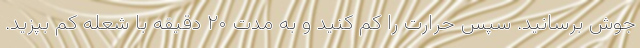
جوش برسانید. سپس حرارت را کم کنید و به مدت ۲۰ دقیقه با شعله کم بپزید.